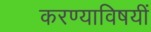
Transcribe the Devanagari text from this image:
करण्याविषयीं